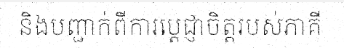
និងបញ្ជាក់ពីការប្តេជ្ញាចិត្តរបស់ភាគី